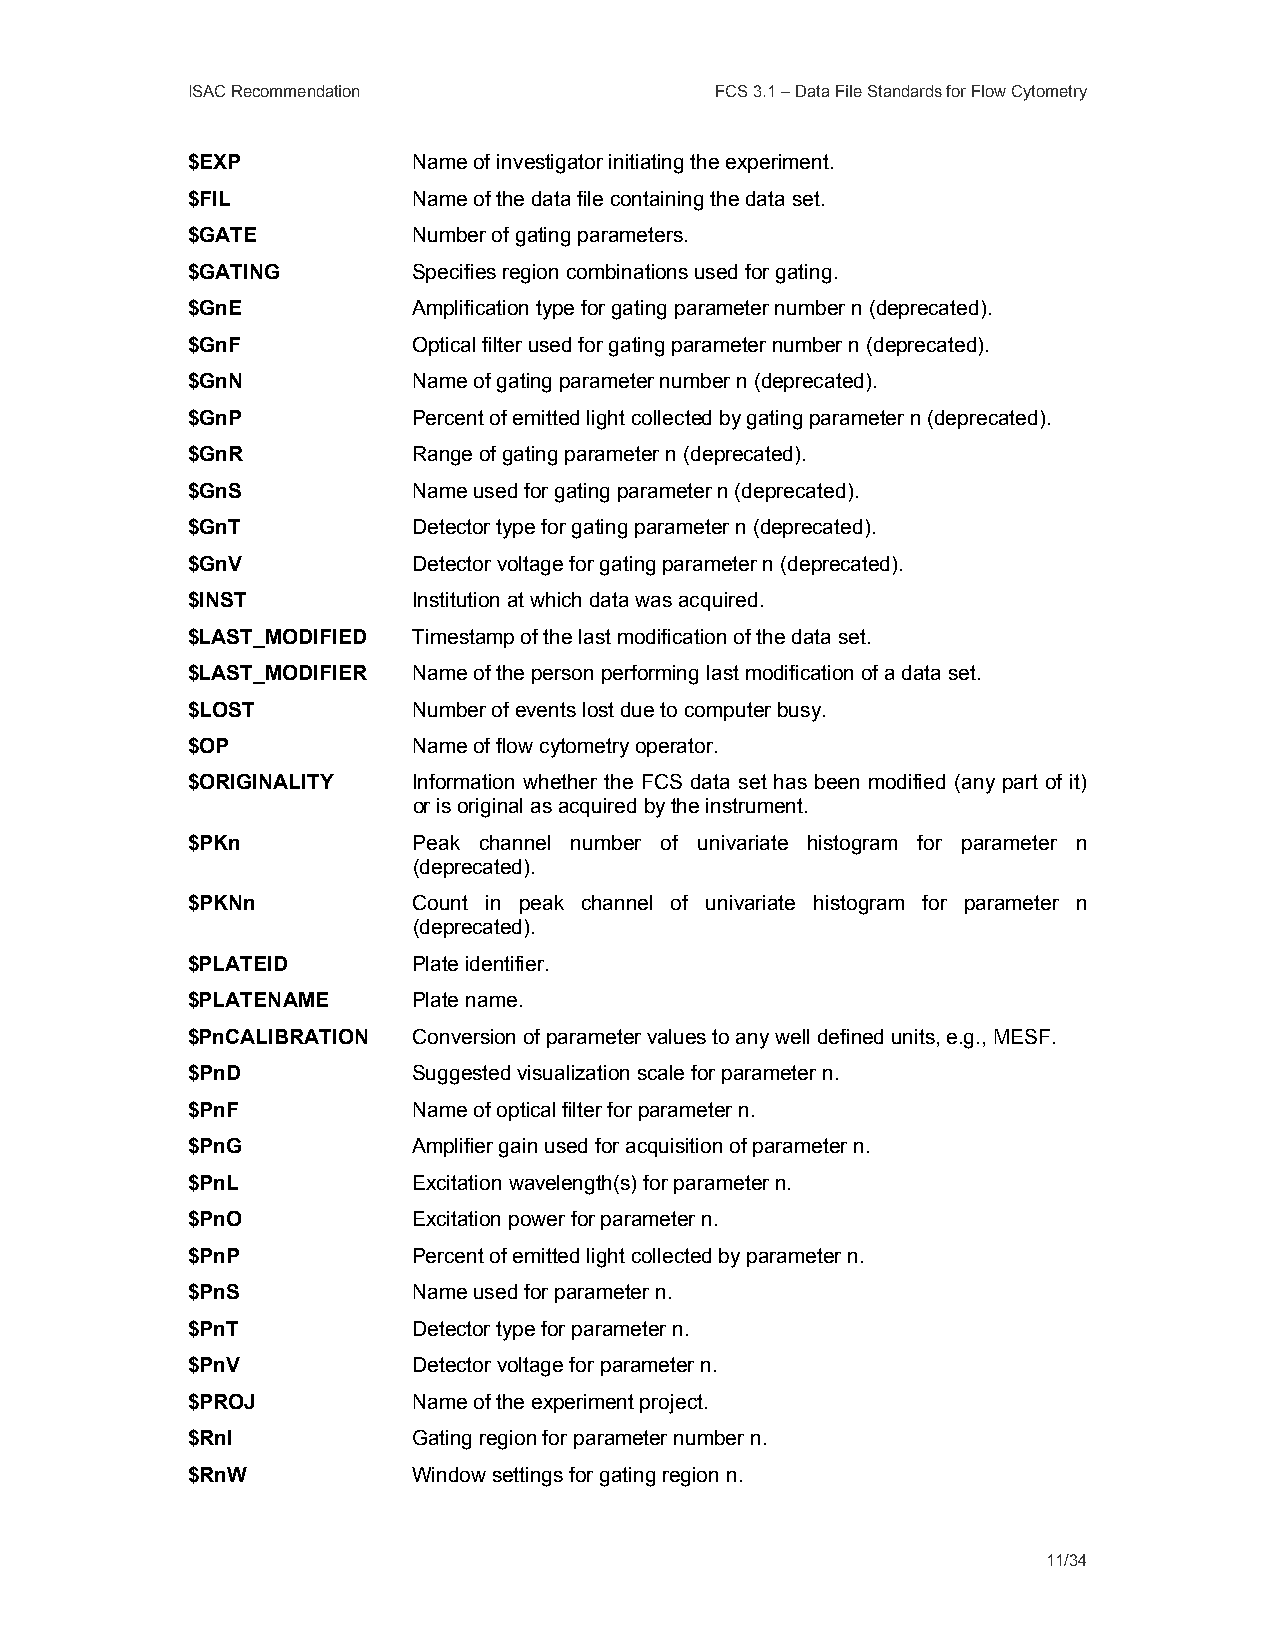
ISAC Recommendation                FCS 3.1 – Data File Standards for Flow Cytometry
 $EXP           Name of investigator initiating the experiment.
 $FIL           Name of the data file containing the data set.
 $GATE          Number of gating parameters.
 $GATING        Specifies region combinations used for gating.
 $GnE           Amplification type for gating parameter number n (deprecated).
 $GnF           Optical filter used for gating parameter number n (deprecated).
 $GnN           Name of gating parameter number n (deprecated).
 $GnP           Percent of emitted light collected by gating parameter n (deprecated).
 $GnR           Range of gating parameter n (deprecated).
 $GnS           Name used for gating parameter n (deprecated).
 $GnT           Detector type for gating parameter n (deprecated).
 $GnV           Detector voltage for gating parameter n (deprecated).
 $INST          Institution at which data was acquired.
 $LAST_MODIFIED Timestamp of the last modification of the data set.
 $LAST_MODIFIER Name of the person performing last modification of a data set.
 $LOST          Number of events lost due to computer busy.
 $OP            Name of flow cytometry operator.
 $ORIGINALITY   Information whether the FCS data set has been modified (any part of it)
 or is original as acquired by the instrument.
 $PKn           Peak channel number of univariate histogram for parameter n
 (deprecated).
 $PKNn          Count in peak channel of univariate histogram for parameter n
 (deprecated).
 $PLATEID       Plate identifier.
 $PLATENAME     Plate name.
 $PnCALIBRATION Conversion of parameter values to any well defined units, e.g., MESF.
 $PnD           Suggested visualization scale for parameter n.
 $PnF           Name of optical filter for parameter n.
 $PnG           Amplifier gain used for acquisition of parameter n.
 $PnL           Excitation wavelength(s) for parameter n.
 $PnO           Excitation power for parameter n.
 $PnP           Percent of emitted light collected by parameter n.
 $PnS           Name used for parameter n.
 $PnT           Detector type for parameter n.
 $PnV           Detector voltage for parameter n.
 $PROJ          Name of the experiment project.
 $RnI           Gating region for parameter number n.
 $RnW           Window settings for gating region n.
 11/34